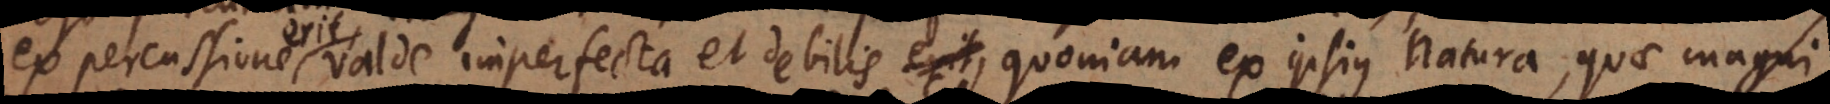
ex percussione erit valde imperfecta et debilis, quoniam ex ipsius natura, quae magni